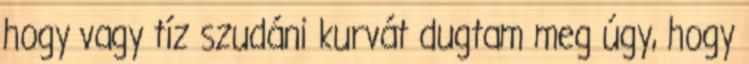
hogy vagy tíz szudáni kurvát dugtam meg úgy, hogy